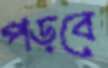
পড়বে